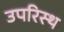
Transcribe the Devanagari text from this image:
उपरिस्थ